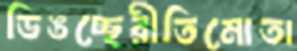
ডিঙচ্ছেরীতিমোতা